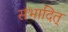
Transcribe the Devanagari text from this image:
संभादित्